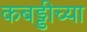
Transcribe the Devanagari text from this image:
कबड्डीच्या